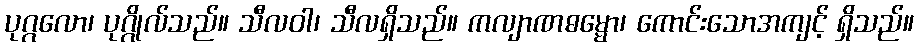
ပုဂ္ဂလော၊ ပုဂ္ဂိုလ်သည်။ သီလဝါ၊ သီလရှိသည်။ ကလျာဏဓမ္မော၊ ကောင်းသောအကျင့် ရှိသည်။